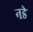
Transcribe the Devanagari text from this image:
नडे